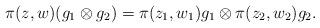
LaTeX: \begin{align*}\pi(z,w)(g_1 \otimes g_2) = \pi(z_1,w_1)g_1 \otimes \pi(z_2,w_2)g_2.\end{align*}